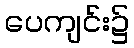
ပေကျင်း၌